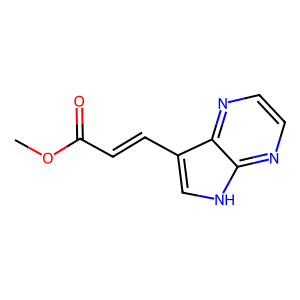
SMILES: COC(=O)C=Cc1c[nH]c2nccnc12
Inhibits HIV replication: No